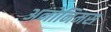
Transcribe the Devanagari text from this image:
अनोनिमस